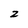
Character: 2